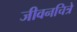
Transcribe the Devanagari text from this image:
जीवनचित्रे